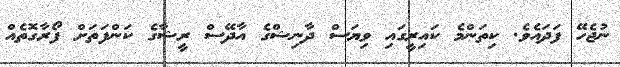
ނުޖެހޭ ފަދައެވެ. ކިތަންމެ ކައިރީގައި ވިޔަސް ދާނިޝްގެ އާދޭސް ރީޝާގެ ކަންފަތަަށް ފޯރާގޮތެއް